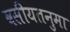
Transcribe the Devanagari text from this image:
वसीयतनुमा